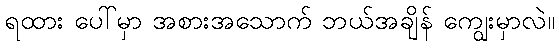
ရထား ပေါ်မှာ အစားအသောက် ဘယ်အချိန် ကျွေးမှာလဲ။